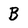
Character: B